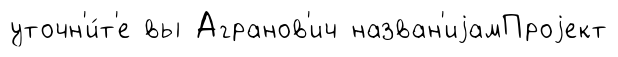
уточн'и́т'е вы Агранов'ич назван'иjамПроjект